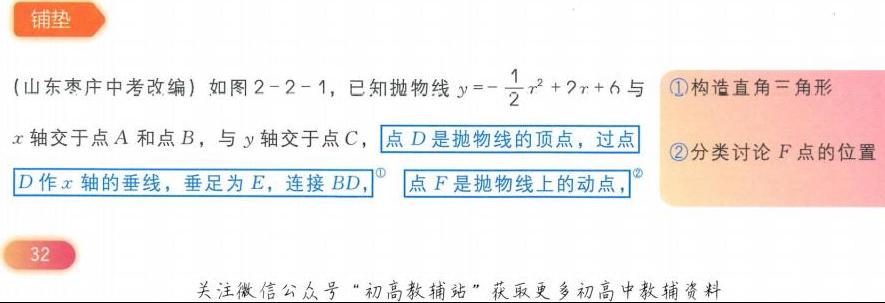
（山东枣庄中考改编）如图2 - 2 - 1，已知抛物线\(y = - \frac{1}{2}x^{2}+2x + 6\)与\(x\)轴交于点\(A\)和点\(B\)，与\(y\)轴交于点\(C\)，点\(D\)是抛物线的顶点，过点\(D\)作\(x\)轴的垂线，垂足为\(E\)，连接\(BD\)，点\(F\)是抛物线上的动点，
\textcircled{1}构造直角三角形
\textcircled{2}分类讨论\(F\)点的位置
32
关注微信公众号“初高教辅站”获取更多初高中教辅资料